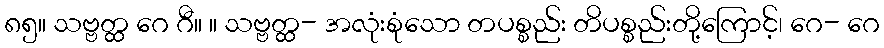
၈၅။ သဗ္ဗတ္ထ ဂေ ဂီ။ ။ သဗ္ဗတ္ထ- အလုံးစုံသော တပစ္စည်း တိပစ္စည်းတို့ကြောင့်၊ ဂေ- ဂေ